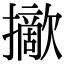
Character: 𢸈